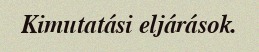
Kimutatási eljárások.